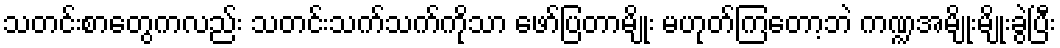
သတင်းစာတွေကလည်း သတင်းသက်သက်ကိုသာ ဖော်ပြတာမျိုး မဟုတ်ကြတော့ဘဲ ကဏ္ဍအမျိုးမျိုးခွဲပြီး